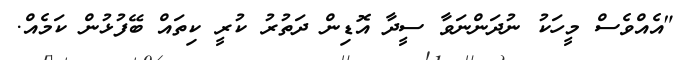
"އެއްވެސް މީހަކު ނުދަންނަވާ ސީދާ އޮޑިން ދަތުރު ކުރީ ކިތައް ބޭފުޅުން ކަމެއް.